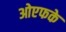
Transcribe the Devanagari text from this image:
ओएफके